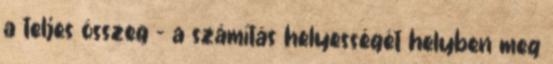
a teljes összeg – a számítás helyességét helyben meg